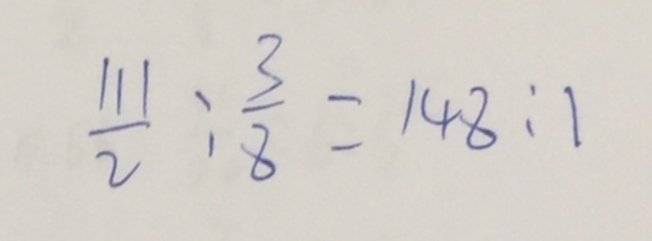
\frac { 1 1 1 } { 2 } : \frac { 3 } { 8 } = 1 4 8 : 1